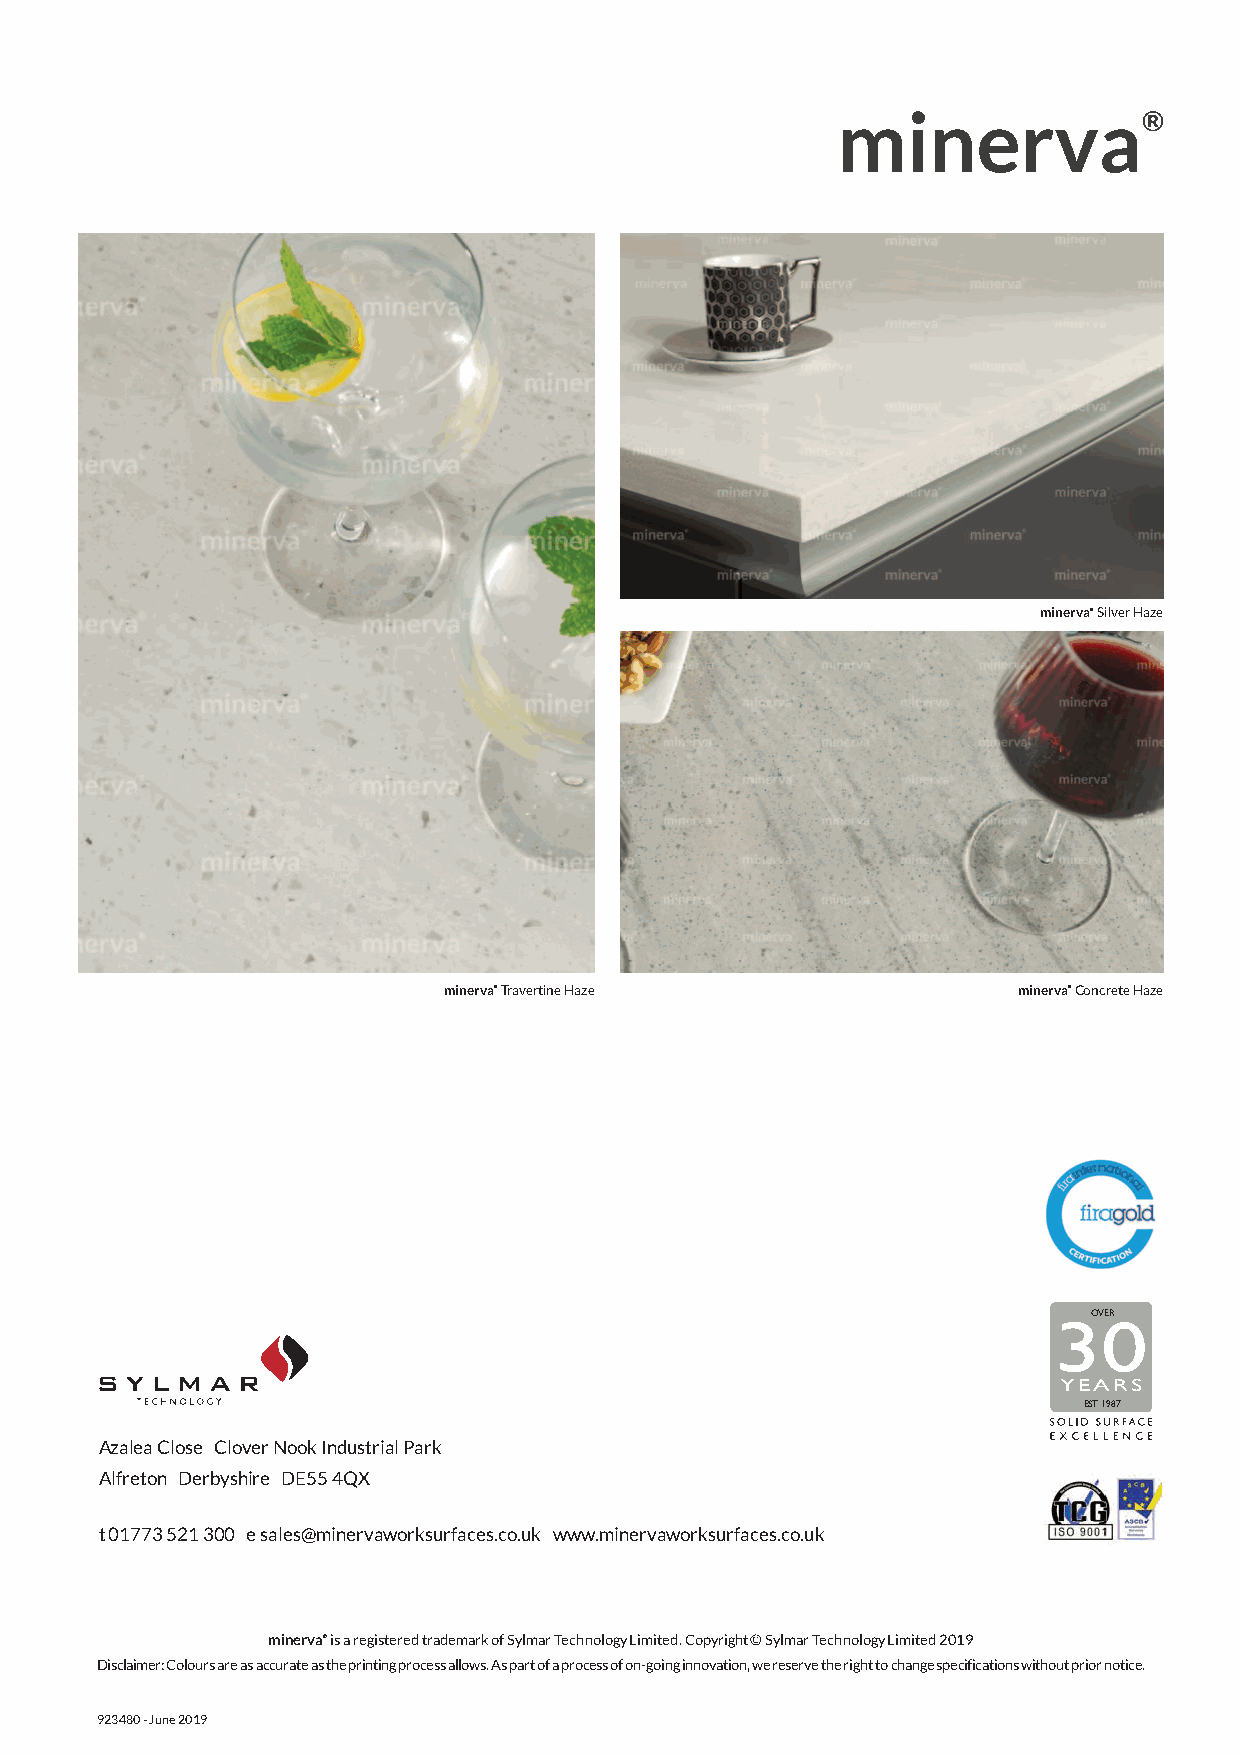
943150 Sylmar Brochure Update wm 2.qxp_Layout 1 05/07/2019 13:14 Page 1
 Affordable,         luxurious,
 easy     fit solid    surfaces
 minerva® Silver Haze
 minerva® Travertine Haze              minerva® Concrete Haze
 OVER
 30
 YEARS
 EST 1987
 Azalea Close Clover Nook Industrial Park
 Alfreton Derbyshire DE55 4QX
 t 01773 521 300 e sales@minervaworksurfaces.co.uk www.minervaworksurfaces.co.uk
 minerva® is a registered trademark of Sylmar Technology Limited. Copyright © Sylmar Technology Limited 2019 F I T T I N G P E R F E C T I O N
 Disclaimer: Colours are as accurate as the printing process allows. As part of a process of on-going innovation, we reserve the right to change specifications without prior notice.
 923480 - June 2019